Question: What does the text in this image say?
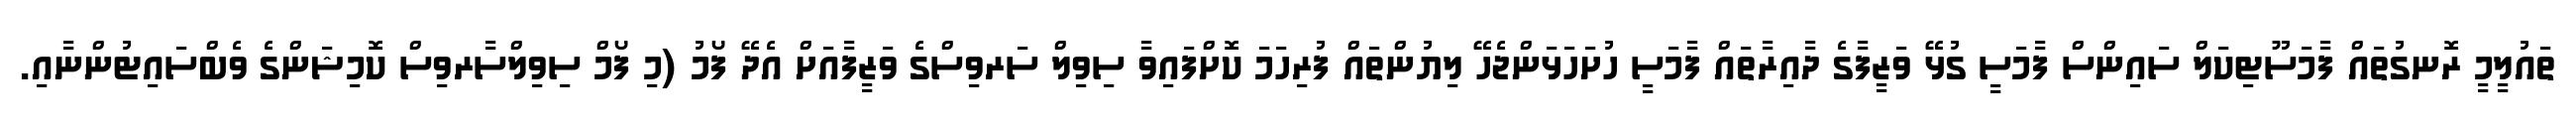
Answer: ތައުލީމީ ރޮނގުތައް ފާމަސޫޓިކަލް ސައިންސް ފާމަސީ ގުޅޭ ވަޒީފާގެ ދާއިރާތައް ފާމަސީ ހުށަހަޅަންޖެހޭ ލިޔުންތައް ފުރިހަމަ ކޮށްފައިވާ ސިވިލް ސަރވިސްގެ ވަޒީފާއަށް އެދޭ ފޯމު (މި ފޯމް ސިވިލްސާރވިސް ކޮމިޝަންގެ ވެބްސައިޓުންނާއި.